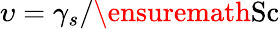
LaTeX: \upsilon=\gamma_{s}/\ensuremath{\mathrm{Sc}}